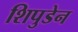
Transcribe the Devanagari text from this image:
शिपुडेन